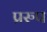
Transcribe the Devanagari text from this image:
प्ररुप